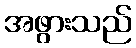
အဖွားသည်